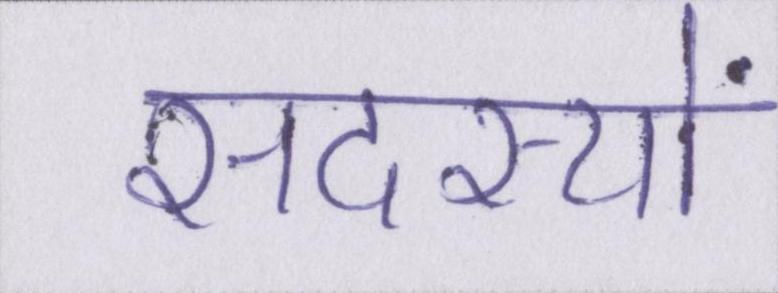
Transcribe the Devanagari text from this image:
सदस्यों